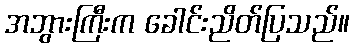
အဘွားကြီးက ခေါင်းညိတ်ပြသည်။